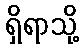
ရှိရာသို့